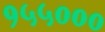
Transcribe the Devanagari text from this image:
१५५०००